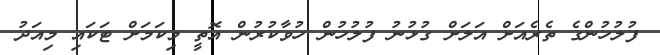
ފުލުހުންގެ ތެރެއަށް އަލަށް ގުޅުނު ފުލުހުން ހުވާކުރުން އޮތީ މިކަމަށް ޓަކައި މިއަދު